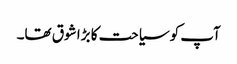
آپ کو سیاحت کا بڑا شوق تھا۔